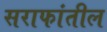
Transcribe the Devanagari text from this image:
सराफांतील